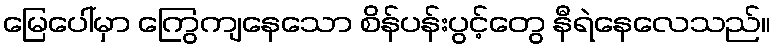
မြေပေါ်မှာ ကြွေကျနေသော စိန်ပန်းပွင့်တွေ နီရဲနေလေသည်။